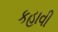
કહાવી